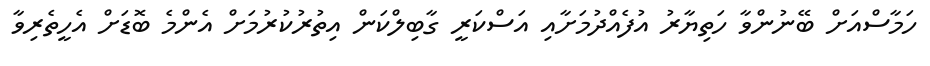
ހަމާސްއަށް ބޭނުންވާ ހަތިޔާރު އުފެއްދުމަށާއި އަސްކަރީ ގާބިލްކަން އިތުރުކުރުމަށް އެންމެ ބޮޑަށް އެހީތެރިވާ